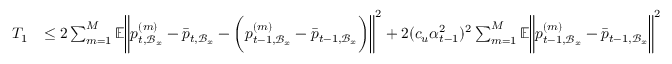
\begin{array} { r l } { T _ { 1 } } & { \leq 2 \sum _ { m = 1 } ^ { M } \mathbb { E } \bigg \| p _ { t , \mathcal { B } _ { x } } ^ { ( m ) } - \bar { p } _ { t , \mathcal { B } _ { x } } - \bigg ( p _ { t - 1 , \mathcal { B } _ { x } } ^ { ( m ) } - \bar { p } _ { t - 1 , \mathcal { B } _ { x } } \bigg ) \bigg \| ^ { 2 } + 2 ( c _ { u } \alpha _ { t - 1 } ^ { 2 } ) ^ { 2 } \sum _ { m = 1 } ^ { M } \mathbb { E } \bigg \| p _ { t - 1 , \mathcal { B } _ { x } } ^ { ( m ) } - \bar { p } _ { t - 1 , \mathcal { B } _ { x } } \bigg \| ^ { 2 } } \end{array}